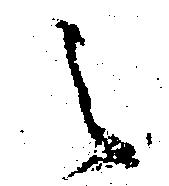
之